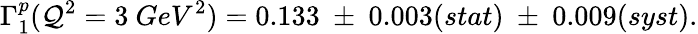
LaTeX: \Gamma_{1}^{p}(\mathcal{Q}^{2}=3~GeV^{2})=0.133~\pm~0.003(stat)~\pm~0.009(syst).